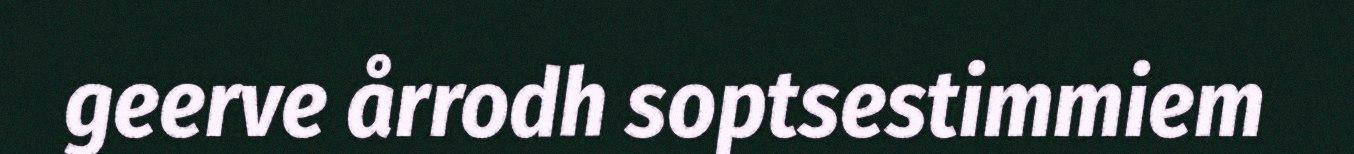
geerve årrodh soptsestimmiem